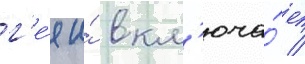
г'е́я и́ вкл'юча́ет /